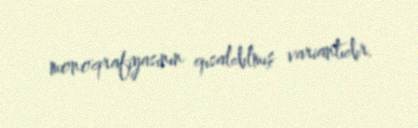
monoqrafiyasının qısaldılmış variantıdır.